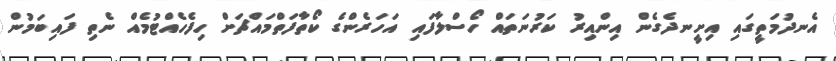
އެނދުމަތީގައި އިށީނދެގެން އިންއިރު ކަރުނަތައް ހޯސްލާފައި އަހަރެންގެ ކޯތާފަތްމައްޗަށް ހިފެހެއްޓުމެއް ނެތި ފައިބަމުން